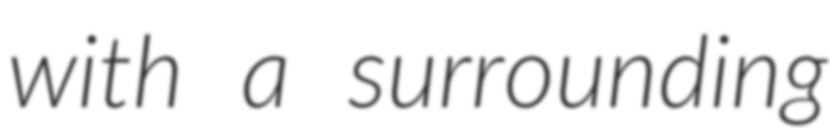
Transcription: with a surrounding